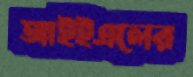
আইইএলের